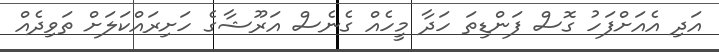
އަދި އެއަށްފަހު ގޮސް ފަންޑިތަ ހަދާ މީހެއް ގެނެސް އަރޫޝާގެ ހަށިރައްކަލަށް ތަވިދެއް